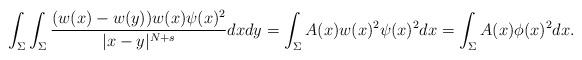
LaTeX: \begin{align*}\int_{\Sigma}\int_{\Sigma}\frac{(w(x) - w(y) ) w(x) \psi(x)^2}{|x-y|^{N+s} } d x d y=\int_{\Sigma}A(x) w(x)^2 \psi(x)^2 dx=\int_{\Sigma} A(x) \phi(x)^2 dx .\end{align*}